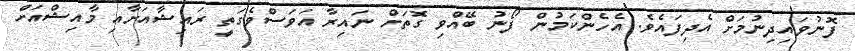
ފޮނުވައިދިނުމަށް އެދިފައެވެ. އެހެންކަމުން ފޯނު ބޭއްވި ގޮތަށް ނައިރާ އަވަސްވެގަތީ ރައިޝާއަށާއި މާއިޝްއަށް